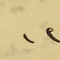
١٢